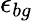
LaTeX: \epsilon_{bg}